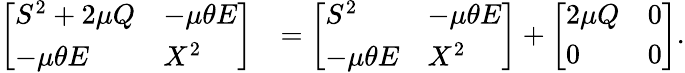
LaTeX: \begin{array}{rl}{\left[\begin{array}{ll}{S^{2}+2\mu Q}&{-\mu\theta E}\\ {-\mu\theta E}&{X^{2}}\end{array}\right]}&{=\left[\begin{array}{ll}{S^{2}}&{-\mu\theta E}\\ {-\mu\theta E}&{X^{2}}\end{array}\right]+\left[\begin{array}{ll}{2\mu Q}&{0}\\ {0}&{0}\end{array}\right].}\end{array}